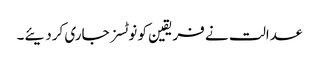
عدالت نے فریقین کو نوٹسز جاری کردیئے۔